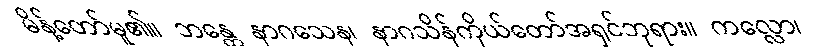
မိန့်တော်မူ၏။ ဘန္တေ နာဂသေန၊ နာဂသိန်ကိုယ်တော်အရှင်ဘုရား။ ကလ္လော၊